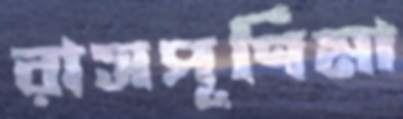
রাসপূর্ণিমা